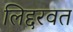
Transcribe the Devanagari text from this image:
लिद्दरवत